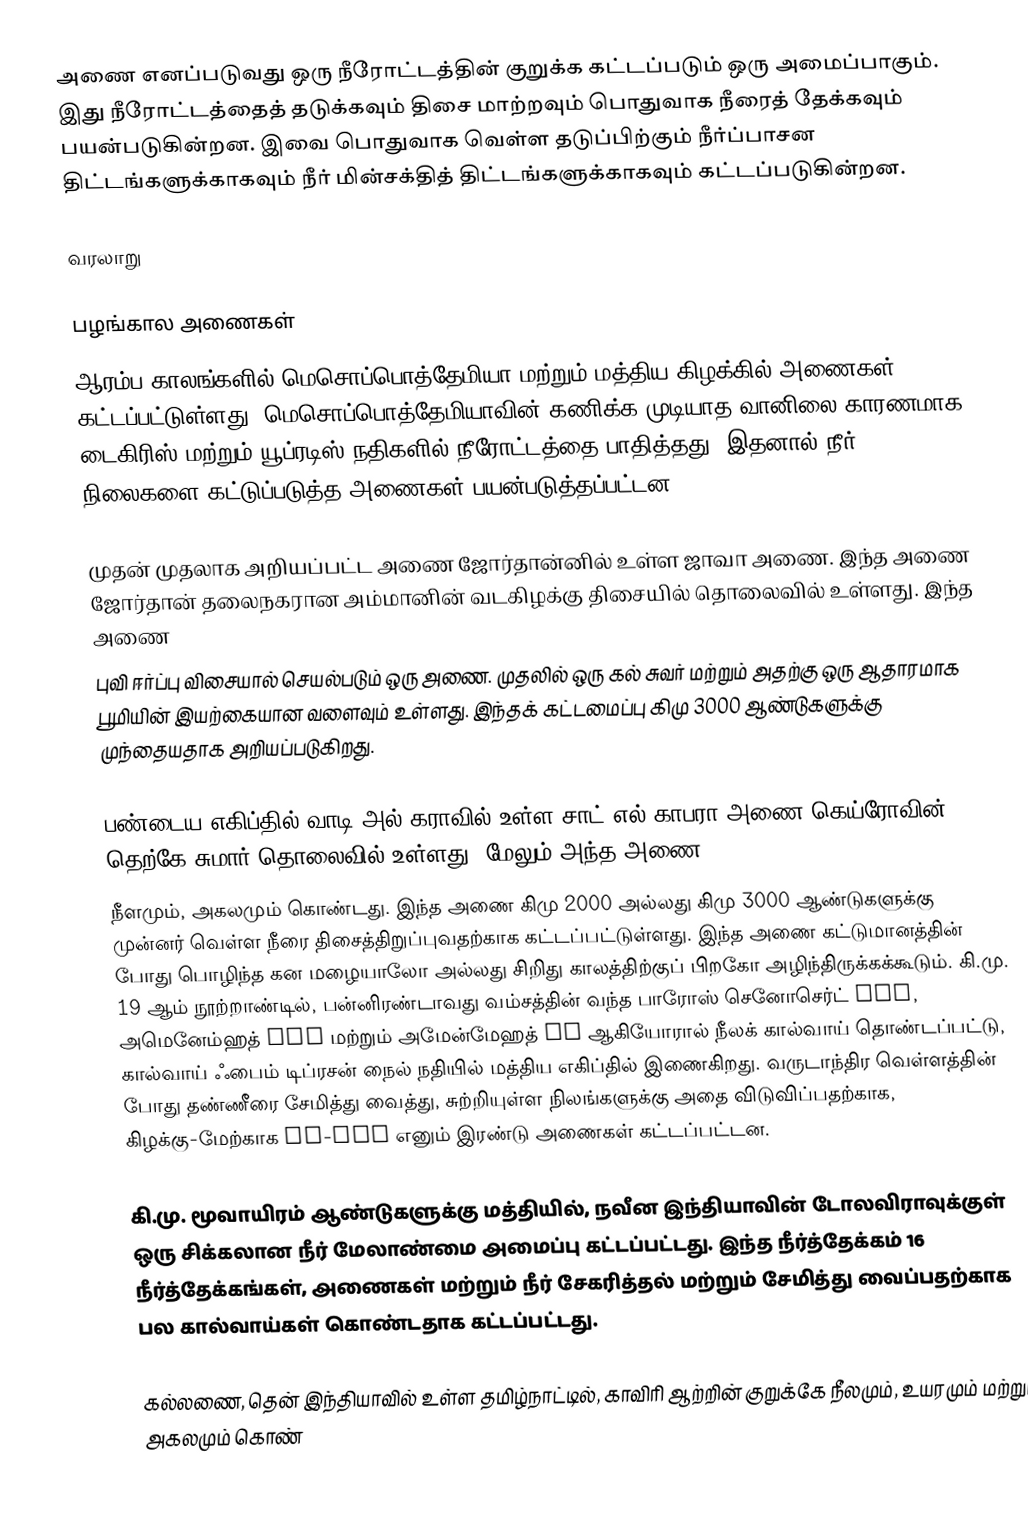
அணை எனப்படுவது ஒரு நீரோட்டத்தின் குறுக்க கட்டப்படும் ஒரு அமைப்பாகும். இது நீரோட்டத்தைத் தடுக்கவும் திசை மாற்றவும் பொதுவாக நீரைத் தேக்கவும் பயன்படுகின்றன. இவை பொதுவாக வெள்ள தடுப்பிற்கும் நீர்ப்பாசன திட்டங்களுக்காகவும் நீர் மின்சக்தித் திட்டங்களுக்காகவும் கட்டப்படுகின்றன.

வரலாறு

பழங்கால அணைகள்
ஆரம்ப காலங்களில் மெசொப்பொத்தேமியா மற்றும் மத்திய கிழக்கில் அணைகள் கட்டப்பட்டுள்ளது. மெசொப்பொத்தேமியாவின் கணிக்க முடியாத வானிலை காரணமாக டைகிரிஸ் மற்றும் யூப்ரடிஸ் நதிகளில் நீரோட்டத்தை பாதித்தது, இதனால் நீர் நிலைகளை கட்டுப்படுத்த அணைகள் பயன்படுத்தப்பட்டன.

முதன் முதலாக அறியப்பட்ட அணை ஜோர்தான்னில் உள்ள ஜாவா அணை. இந்த அணை ஜோர்தான் தலைநகரான அம்மானின் வடகிழக்கு திசையில்  தொலைவில் உள்ளது. இந்த அணை
புவி ஈர்ப்பு விசையால் செயல்படும் ஒரு அணை. முதலில் ஒரு கல் சுவர்   மற்றும்  அதற்கு ஒரு ஆதாரமாக  பூமியின் இயற்கையான வளைவும் உள்ளது. இந்தக் கட்டமைப்பு கிமு 3000 ஆண்டுகளுக்கு முந்தையதாக அறியப்படுகிறது.

பண்டைய எகிப்தில் வாடி அல்-கராவில் உள்ள சாட்-எல்-காபரா அணை,கெய்ரோவின்  தெற்கே சுமார்  தொலைவில் உள்ளது. மேலும் அந்த அணை
 நீளமும்,  அகலமும் கொண்டது. இந்த அணை கிமு 2000  அல்லது கிமு 3000  ஆண்டுகளுக்கு முன்னர் வெள்ள நீரை திசைத்திறுப்புவதற்காக கட்டப்பட்டுள்ளது. இந்த அணை கட்டுமானத்தின் போது பொழிந்த கன மழையாலோ அல்லது சிறிது காலத்திற்குப் பிறகோ அழிந்திருக்கக்கூடும். கி.மு. 19 ஆம் நூற்றாண்டில்,  பன்னிரண்டாவது வம்சத்தின் வந்த பாரோஸ் செனோசெர்ட் III, அமெனேம்ஹத் III மற்றும் அமேன்மேஹத் IV ஆகியோரால்  நீலக் கால்வாய் தொண்டப்பட்டு, கால்வாய் ஃபைம் டிப்ரசன் நைல் நதியில் மத்திய எகிப்தில் இணைகிறது. வருடாந்திர வெள்ளத்தின் போது தண்ணீரை சேமித்து வைத்து, சுற்றியுள்ள நிலங்களுக்கு அதை விடுவிப்பதற்காக, கிழக்கு-மேற்காக Ha-Uar எனும் இரண்டு அணைகள் கட்டப்பட்டன.

கி.மு. மூவாயிரம் ஆண்டுகளுக்கு மத்தியில், நவீன இந்தியாவின் டோலவிராவுக்குள் ஒரு சிக்கலான நீர் மேலாண்மை அமைப்பு கட்டப்பட்டது. இந்த நீர்த்தேக்கம் 16 நீர்த்தேக்கங்கள், அணைகள் மற்றும்  நீர் சேகரித்தல் மற்றும் சேமித்து வைப்பதற்காக பல கால்வாய்கள் கொண்டதாக கட்டப்பட்டது.

கல்லணை, தென் இந்தியாவில் உள்ள தமிழ்நாட்டில், காவிரி ஆற்றின் குறுக்கே  நீலமும்,  உயரமும் மற்றும்  அகலமும் கொண்